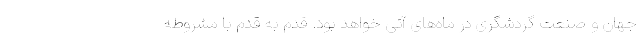
جهان و صنعت گردشگری در ماه‌های آتی خواهد بود. قدم به قدم با مشروطه